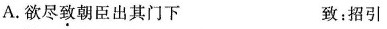
A.欲尽致朝臣出其门下 致：招引